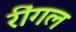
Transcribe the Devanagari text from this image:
रींगल